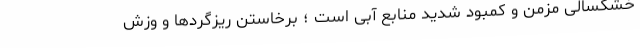
خشکسالی مزمن و کمبود شدید منابع آبی است ؛ برخاستن ریزگردها و وزش